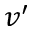
v ^ { \prime }